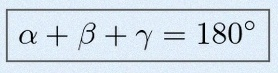
\alpha+\beta+\gamma=180^\circ